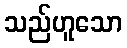
သည်ဟူသော